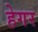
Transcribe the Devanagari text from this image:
हेगर